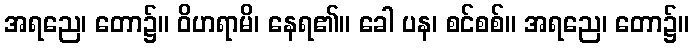
အရညေ၊ တော၌။ ဝိဟရာမိ၊ နေရ၏။ ခေါ ပန၊ စင်စစ်။ အရညေ၊ တော၌။